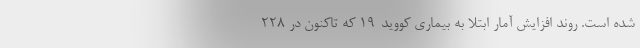
شده‌ است. روند افزایش آمار ابتلا به بیماری کووید-۱۹ که تاکنون در ۲۲۸